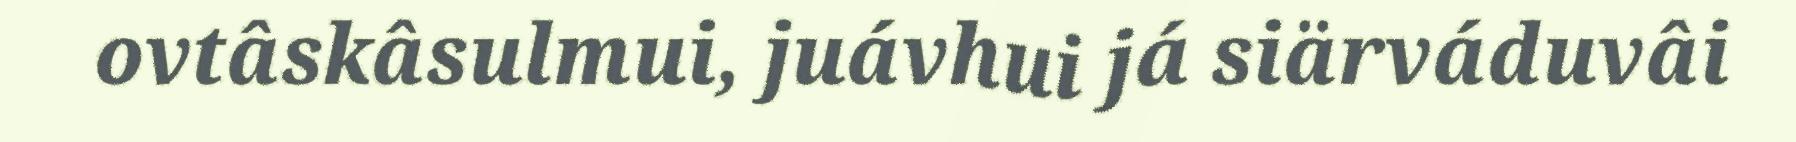
ovtâskâsulmui, juávhui já siärváduvâi